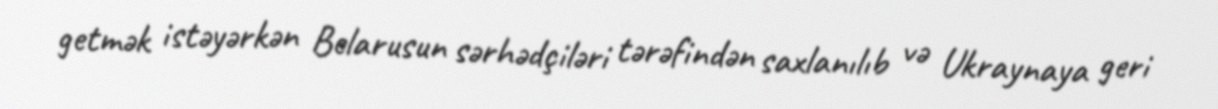
getmək istəyərkən Belarusun sərhədçiləri tərəfindən saxlanılıb və Ukraynaya geri